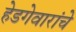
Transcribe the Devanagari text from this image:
हेडगेवारांचे